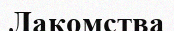
Лакомства